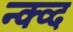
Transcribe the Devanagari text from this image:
न्क्व्द